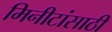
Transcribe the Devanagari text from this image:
मिनीटांसाठी